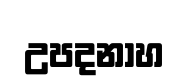
උපදනාහ